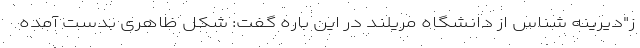
ز"‌دیرینه شناس از دانشگاه مریلند در این باره گفت: شکل ظاهری بدست آمده